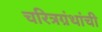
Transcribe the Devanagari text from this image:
चरित्रग्रंथांची